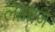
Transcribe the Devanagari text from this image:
लामाज़